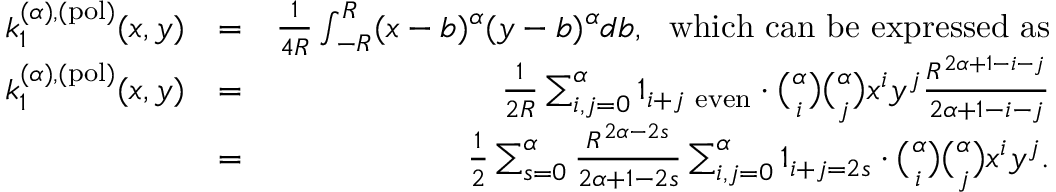
\begin{array} { r l r } { k _ { 1 } ^ { ( \alpha ) , ( \mathrm { p o l } ) } ( x , y ) } & { = } & { \frac { 1 } { 4 R } \int _ { - R } ^ { R } ( x - b ) ^ { \alpha } ( y - b ) ^ { \alpha } d b , \ \mathrm { ~ w h i c h ~ c a n ~ b e ~ e x p r e s s e d ~ a s } } \\ { k _ { 1 } ^ { ( \alpha ) , ( \mathrm { p o l } ) } ( x , y ) } & { = } & { \frac { 1 } { 2 R } \sum _ { i , j = 0 } ^ { \alpha } 1 _ { i + j \ \mathrm { e v e n } } \cdot { \binom { \alpha } { i } } { \binom { \alpha } { j } } { x ^ { i } y ^ { j } } \frac { R ^ { 2 \alpha + 1 - i - j } } { 2 \alpha + 1 - i - j } } \\ & { = } & { \frac { 1 } { 2 } \sum _ { s = 0 } ^ { \alpha } \frac { R ^ { 2 \alpha - 2 s } } { 2 \alpha + 1 - 2 s } \sum _ { i , j = 0 } ^ { \alpha } 1 _ { i + j = 2 s } \cdot { \binom { \alpha } { i } } { \binom { \alpha } { j } } { x ^ { i } y ^ { j } } . } \end{array}